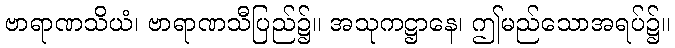
ဗာရာဏသိယံ၊ ဗာရာဏသီပြည်၌။ အသုကဋ္ဌာနေ၊ ဤမည်သောအရပ်၌။